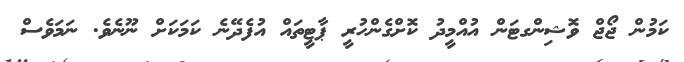
ކަމުން ޖޯޖް ވޮޝިންގޓަން އުއްމީދު ކޮށްގެންހުރީ ޕާޓީތައް އުފެދޭނެ ކަމަކަށް ނޫނެވެ. ނަމަވެސް